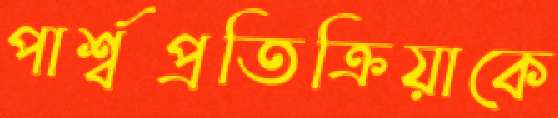
পার্শ্বপ্রতিক্রিয়াকে